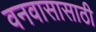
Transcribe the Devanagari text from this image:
वनवासासाठी